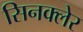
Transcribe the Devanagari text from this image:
सिनक्लेर